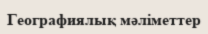
Географиялық мәліметтер